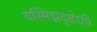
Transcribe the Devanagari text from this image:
यस्मिझदृष्टेऽपि